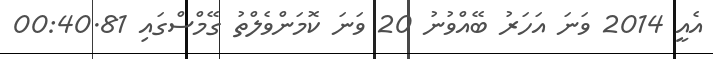
އެއީ 2014 ވަނަ އަހަރު ބޭއްވުނު 20 ވަނަ ކޮމަންވެލްތު ގޭމްސްގައި 00:40.81